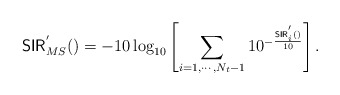
\begin{align*}\mathsf{SIR}_{MS}^{'}() = -10\log_{10}\left[\sum_{i=1, \cdots, N_t-1} 10^{-\frac{\mathsf{SIR}_i^{'}()}{10}}\right].\end{align*}